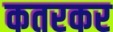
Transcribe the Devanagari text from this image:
कतरकर